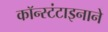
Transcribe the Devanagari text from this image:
कॉन्स्टंटाइनाने